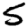
Digit: 5